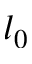
l _ { 0 }